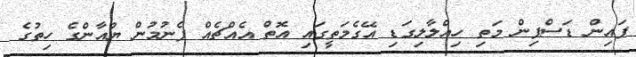
ފައިން ޑަސްޕިން މަތި ހިއްލާލިގަޑި އޭގެމަތީގައި އޮތް އެއްޗެއް ފެނުމުން ޔުއާންގެ ހިތުގެ